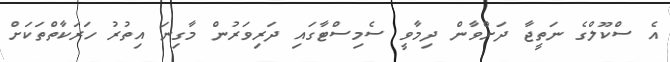
އެ ސްކޫލްގެ ނަތީޖާ ދަށްވާން ދިމާވީ ސެމިސްޓާގައި ދަރިވަރުން މާގިނަ އިތުރު ހަރަކާތްތަކަށް